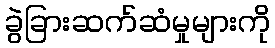
ခွဲခြားဆက်ဆံမှုများကို